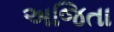
અજિતા